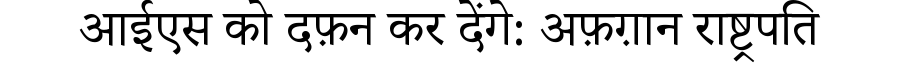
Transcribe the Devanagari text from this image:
आईएस को दफ़न कर देंगे: अफ़ग़ान राष्ट्रपति